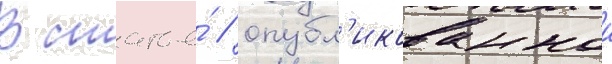
В статье́ / опубл'икованнои